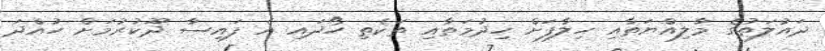
ދައުލަތުގެ މާލިއްޔަތާއި ހިލާފަށް ހިދުމަތާއި ތަކެތި ހޯދައި އެ ފައިސާ ދޫކުރުމަށް ހުއްދަ